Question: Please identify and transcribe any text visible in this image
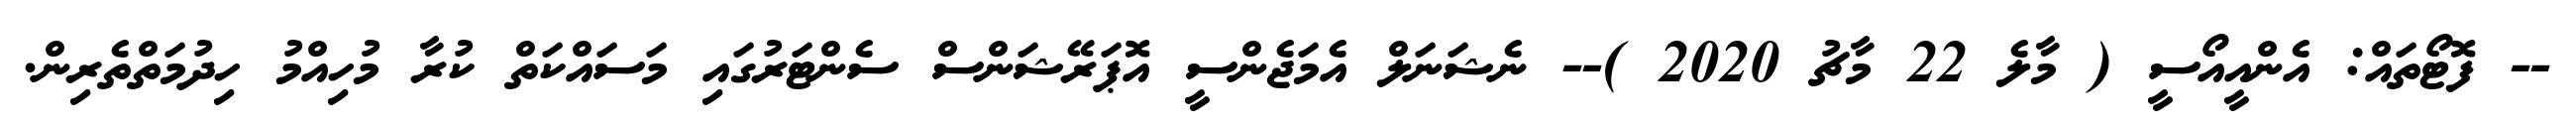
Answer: -- ފޮޓޯތައް: އެންއީއޯސީ ( މާލެ 22 މާޗު 2020 )-- ނެޝަނަލް އެމަޖެންސީ އޮޕަރޭޝަންސް ސެންޓަރުގައި މަސައްކަތް ކުރާ މުހިއްމު ހިދުމަތްތެރިން.